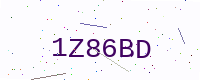
Text: 1Z86BD